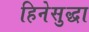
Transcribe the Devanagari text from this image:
हिनेसुद्धा